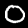
Digit: 0